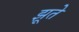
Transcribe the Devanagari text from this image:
झूते